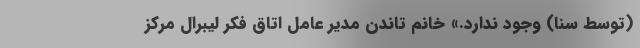
(توسط سنا) وجود ندارد.» خانم تاندن مدیر عامل اتاق فکر لیبرال مرکز